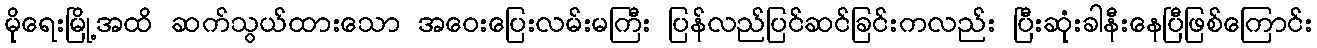
မိုရေးမြို့အထိ ဆက်သွယ်ထားသော အဝေးပြေးလမ်းမကြီး ပြန်လည်ပြင်ဆင်ခြင်းကလည်း ပြီးဆုံးခါနီးနေပြီဖြစ်ကြောင်း